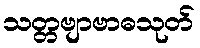
သတ္တဗျာဗာဓသုတ်